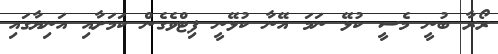
ރޯރާ ބުނީ މެސީ ކުޅޭ ނަމަ އޭނާ ކުޅޭނީ ފިޓްވެގެން ކަމަށާއި އަނިޔާގައި